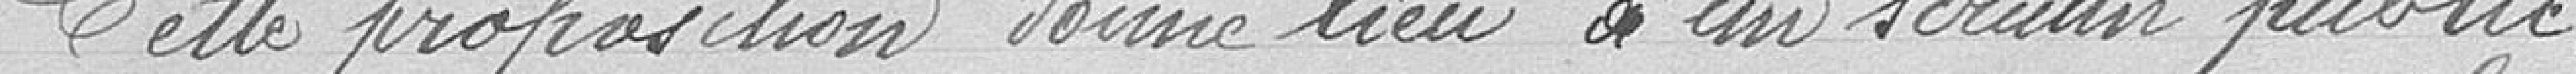
Cette proposition donne lieu à un scrutin public.